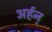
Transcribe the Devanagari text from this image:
अर्हन्